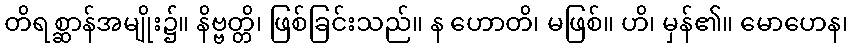
တိရစ္ဆာန်အမျိုး၌။ နိဗ္ဗတ္တိ၊ ဖြစ်ခြင်းသည်။ န ဟောတိ၊ မဖြစ်။ ဟိ၊ မှန်၏။ မောဟေန၊